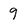
Character: 9